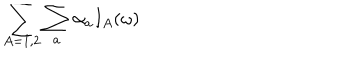
LaTeX: \sum _ { A = 1 , 2 } \sum _ { a } \alpha _ { a } I _ { A } ( \omega )